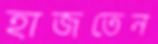
হাজতেন